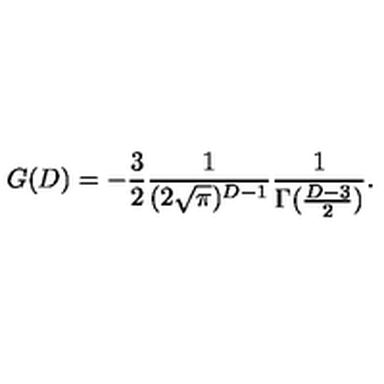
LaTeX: G ( D ) = - \frac { 3 } { 2 } \frac { 1 } { ( 2 \sqrt { \pi } ) ^ { D - 1 } } \frac { 1 } { \Gamma ( \frac { D - 3 } { 2 } ) } .